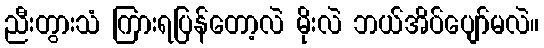
ညီးတွားသံ ကြားရပြန်တော့လဲ မိုးလဲ ဘယ်အိပ်ပျော်မလဲ။